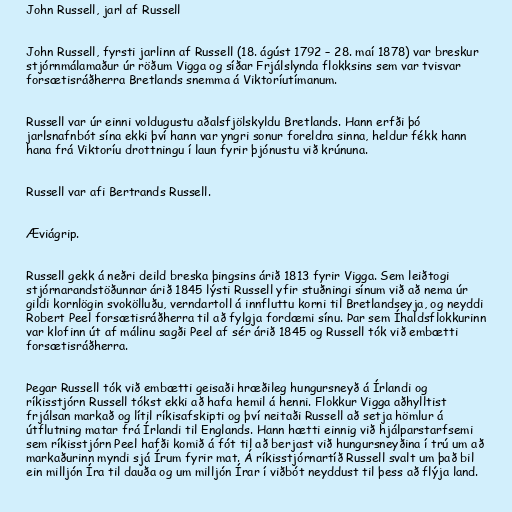
John Russell, jarl af Russell

John Russell, fyrsti jarlinn af Russell (18. ágúst 1792 – 28. maí 1878) var breskur
stjórnmálamaður úr röðum Vigga og síðar Frjálslynda flokksins sem var tvisvar
forsætisráðherra Bretlands snemma á Viktoríutímanum.

Russell var úr einni voldugustu aðalsfjölskyldu Bretlands. Hann erfði þó
jarlsnafnbót sína ekki því hann var yngri sonur foreldra sinna, heldur fékk hann
hana frá Viktoríu drottningu í laun fyrir þjónustu við krúnuna.

Russell var afi Bertrands Russell.

Æviágrip.

Russell gekk á neðri deild breska þingsins árið 1813 fyrir Vigga. Sem leiðtogi
stjórnarandstöðunnar árið 1845 lýsti Russell yfir stuðningi sínum við að nema úr
gildi kornlögin svokölluðu, verndartoll á innfluttu korni til Bretlandseyja, og neyddi
Robert Peel forsætisráðherra til að fylgja fordæmi sínu. Þar sem Íhaldsflokkurinn
var klofinn út af málinu sagði Peel af sér árið 1845 og Russell tók við embætti
forsætisráðherra.

Þegar Russell tók við embætti geisaði hræðileg hungursneyð á Írlandi og
ríkisstjórn Russell tókst ekki að hafa hemil á henni. Flokkur Vigga aðhylltist
frjálsan markað og lítil ríkisafskipti og því neitaði Russell að setja hömlur á
útflutning matar frá Írlandi til Englands. Hann hætti einnig við hjálparstarfsemi
sem ríkisstjórn Peel hafði komið á fót til að berjast við hungursneyðina í trú um að
markaðurinn myndi sjá Írum fyrir mat. Á ríkisstjórnartíð Russell svalt um það bil
ein milljón Íra til dauða og um milljón Írar í viðbót neyddust til þess að flýja land.